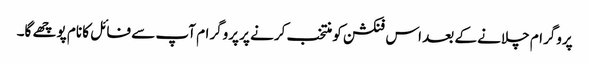
پروگرام چلانے کے بعد اس فنکشن کو منتخب کرنے پر پروگرام آپ سے فائل کا نام پوچھے گا۔